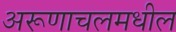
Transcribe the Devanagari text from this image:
अरूणाचलमधील